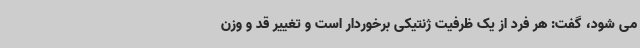
می شود، گفت: هر فرد از یک ظرفیت ژنتیکی برخوردار است و تغییر قد و وزن